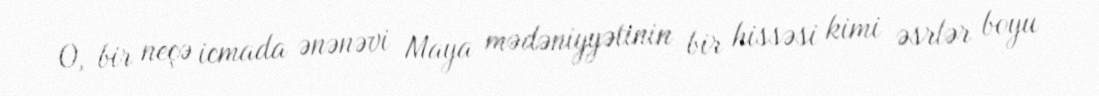
O, bir neçə icmada ənənəvi Maya mədəniyyətinin bir hissəsi kimi əsrlər boyu